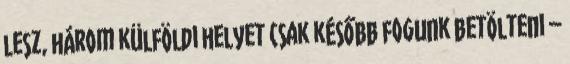
lesz, három külföldi helyet csak később fogunk betölteni –